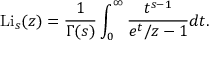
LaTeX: \operatorname { L i } _ { s } ( z ) = { \frac { 1 } { \Gamma ( s ) } } \int _ { 0 } ^ { \infty } { \frac { t ^ { s - 1 } } { e ^ { t } / z - 1 } } d t .